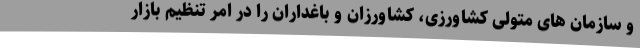
و سازمان های متولی کشاورزی، کشاورزان و باغداران را در امر تنظیم بازار